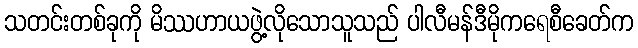
သတင်းတစ်ခုကို မိဿဟာယဖွဲ့လိုသောသူသည် ပါလီမန်ဒီမိုကရေစီခေတ်က